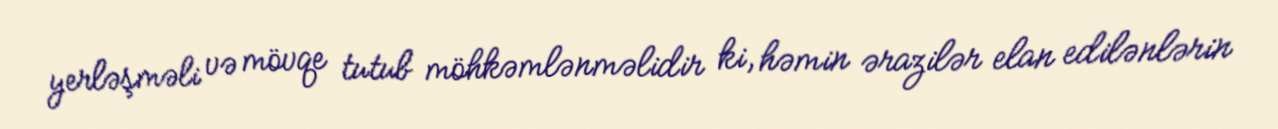
yerləşməli və mövqe tutub möhkəmlənməlidir ki, həmin ərazilər elan edilənlərin